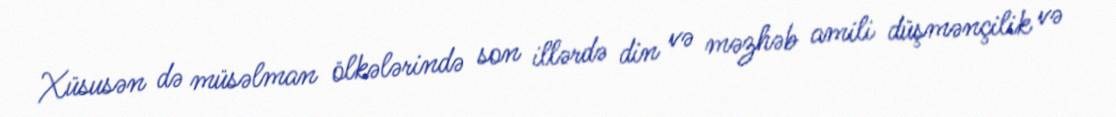
Xüsusən də müsəlman ölkələrində son illərdə din və məzhəb amili düşmənçilik və